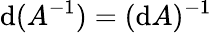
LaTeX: \mathrm{d}(A^{-1})=(\mathrm{d}A)^{-1}